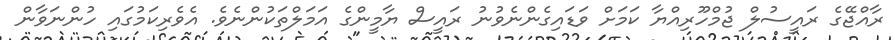
ރާއްޖޭގެ ރައީސުލް ޖުމްހޫރިއްޔާ ކަމަށް ވަޑައިގެންނެވުނު ރައީސް ޔާމީންގެ އަމަލްތަކުންނެވެ. އެވެރިކަމުގައި ހުންނަވާން